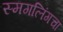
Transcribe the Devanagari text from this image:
स्मगलिंगचा